画像に写った文字を読んでください
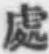
「處」と書いてあります